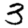
Digit: 3